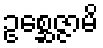
ဥစ္ဆေဇ္ဇာမိ